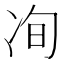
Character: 𰃽